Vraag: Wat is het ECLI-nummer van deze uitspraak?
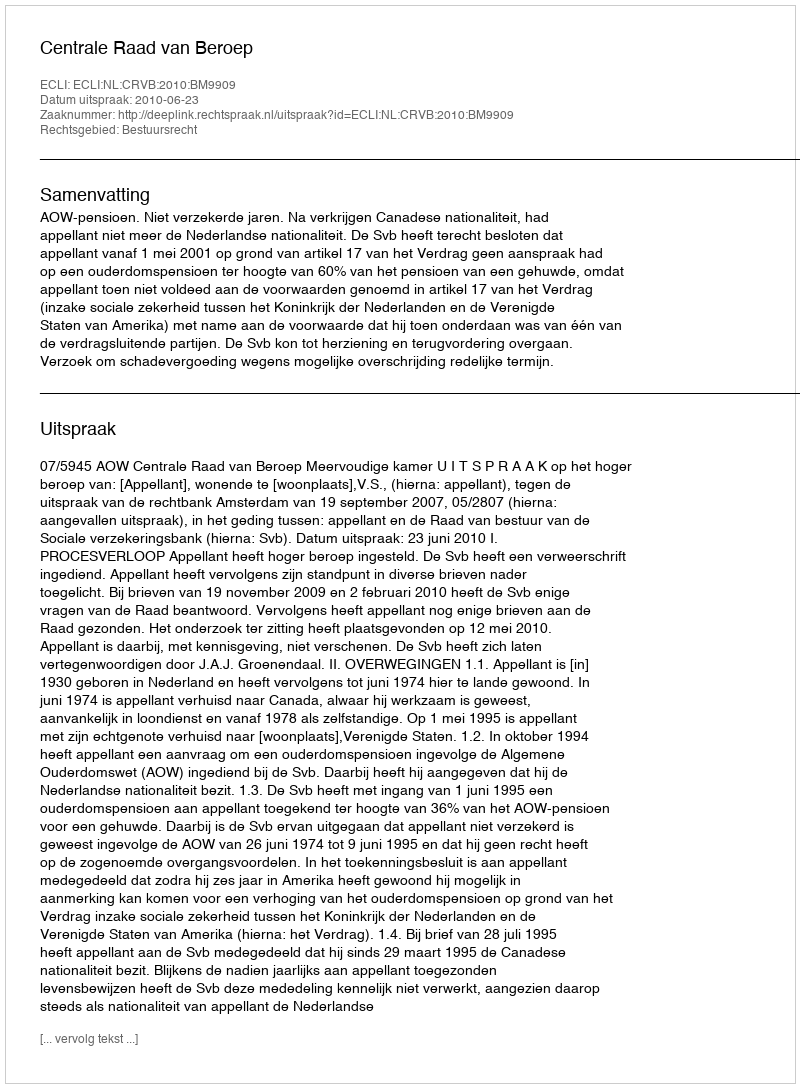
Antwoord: ECLI:NL:CRVB:2010:BM9909